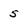
Character: 5